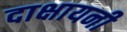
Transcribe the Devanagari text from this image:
दाक्षायनी